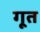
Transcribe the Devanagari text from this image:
गूत